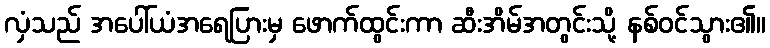
လှံသည် အပေါ်ယံအရေပြားမှ ဖောက်ထွင်းကာ ဆီးအိမ်အတွင်းသို့ နစ်ဝင်သွား၏။